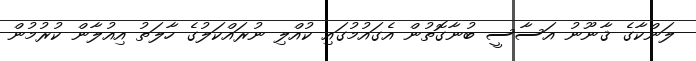
ލަންކާގެ ޤާނޫނު އަސާސީ ބުނާގޮތުން އެގައުމުގައި ކުއްލި ނުރައްކަލުގެ ހާލަތު އިއުލާން ކުރުމުން